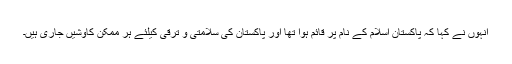
انہوں نے کہا کہ پاکستان اسلام کے نام پر قائم ہوا تھا اور پاکستان کی سلامتی و ترقی کیلئے ہر ممکن کاوشیں جاری ہیں۔